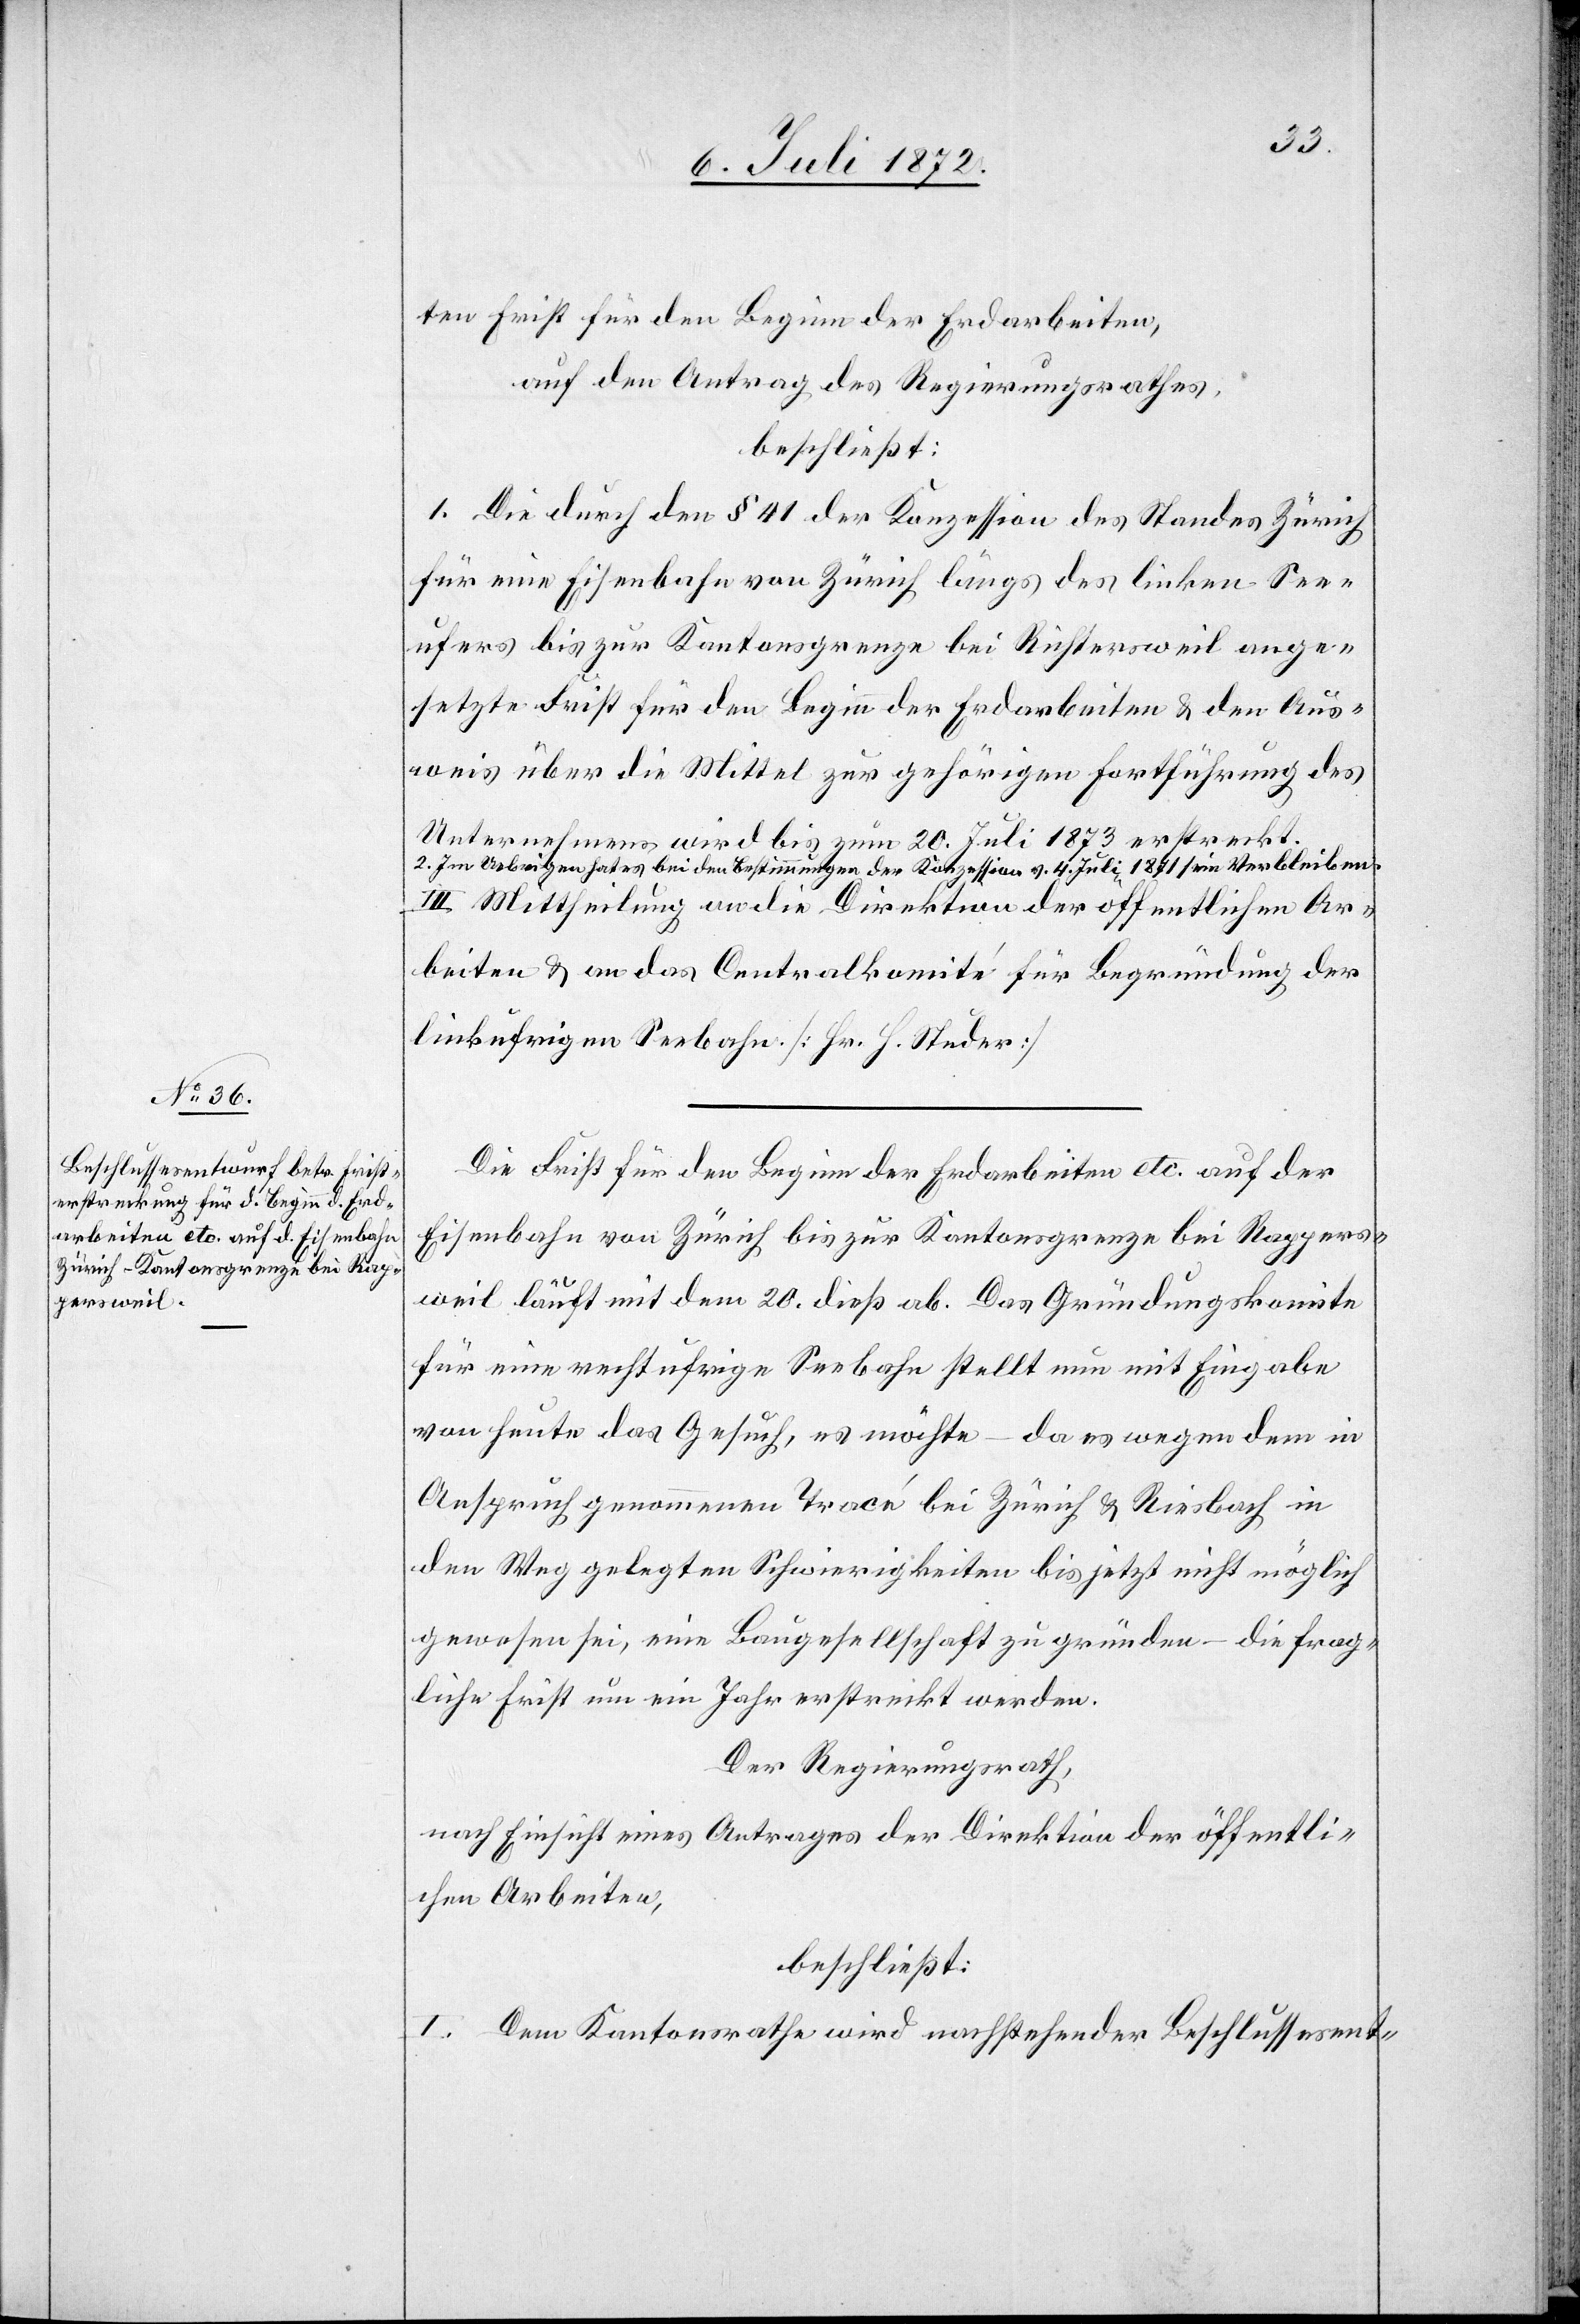
ten Frist für den Beginn der Erdarbeiten,
auf den Antrag des Regierungsrathes,
beschließt:
1. Die durch den § 41 der Konzession des Standes Zürich
für eine Eisenbahn von Zürich längs des linken See¬
ufers bis zur Kantonsgrenze bei Richtersweil ange¬
setzte Frist für den Beginn der Erdarbeiten u. den Aus¬
weis über die Mittel zur gehörigen Fortführung des
Unternehmens wird bis zum 20. Juli 1873 erstreckt.
2. Im Uebrigen hat es bei den Bestimmungen der Konzession v. 4. Juli 1871 sein Verbleiben.
Mittheilung an die Direktion der öffentlichen Ar¬
beiten u. an das Centralkomité für Begründung der
linkufrigen Seebahn [Hr. H. Studer][.]
Die Frist für den Beginn der Erdarbeiten etc. auf der
Eisenbahn von Zürich bis zur Kantonsgrenze bei Rappers¬
weil läuft mit dem 20. dieß ab. Das Gründungskomite
für eine rechtufrige Seebahn stellt nun mit Eingabe
von heute das Gesuch, es möchte – da es wegen dem in
Anspruch genommenen Tracé bei Zürich u. Riesbach in
den Weg gelegten Schwierigkeiten bis jetzt nicht möglich
gewesen sei, eine Baugesellschaft zu gründen – die frag¬
liche Frist um ein Jahr erstreckt werden.
Der Regierungsrath,
nach Einsicht eines Antrages der Direktion der öffentli¬
chen Arbeiten,
beschließt:
I. Dem Kantonsrathe wird nachstehender Beschlussesent-